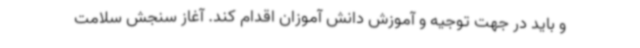
و باید در جهت توجیه و آموزش دانش آموزان اقدام کند. آغاز سنجش سلامت